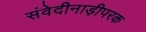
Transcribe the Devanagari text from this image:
संवेदीनाड़ीपरक